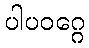
ပါပဝဂ္ဂေ